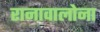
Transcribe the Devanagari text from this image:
रानावालोना